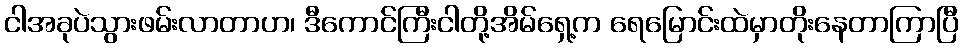
ငါအခုပဲသွားဖမ်းလာတာဟ၊ ဒီကောင်ကြီးငါတို့အိမ်ရှေ့က ရေမြောင်းထဲမှာတိုးနေတာကြာပြီ